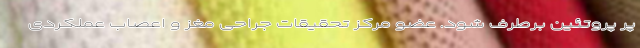
پر پروتئین برطرف شود. عضو مرکز تحقیقات جراحی مغز و اعصاب عملکردی